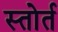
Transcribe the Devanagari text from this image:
स्तोर्त